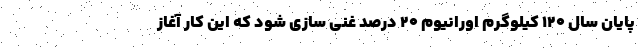
پایان سال ۱۲۰ کیلوگرم اورانیوم ۲۰ درصد غنی سازی شود که این کار آغاز